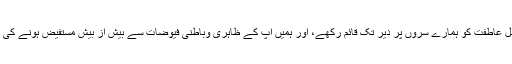
اللہ تعالیٰ آپ کے ظلِّ عاطفت کو ہمارے سروں پر دیر تک قائم رکھے، اور ہمیں آپ کے ظاہری وباطنی فیوضات سے بیش از بیش مستفیض ہونے کی توفیق عطا فرمائے۔